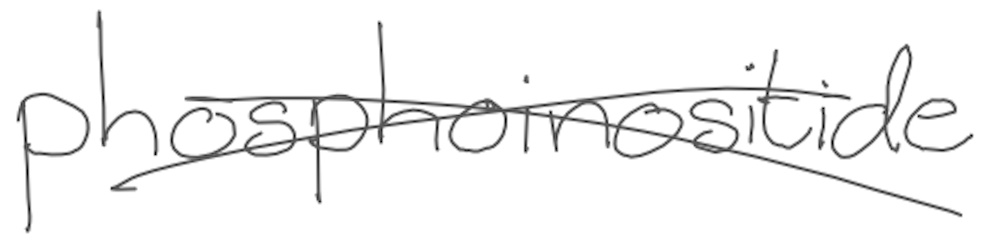
Text: phosphoinositide
Cross-out: cross
Writing tool: digital_gray